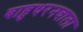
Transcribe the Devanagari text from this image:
बाहुधरनवाला